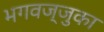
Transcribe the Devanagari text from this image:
भगवज्जुका